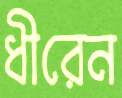
ধীরেন